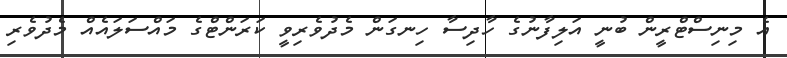
އެ މިނިސްޓްރީން ބުނީ އަލިފާނުގެ ހާދިސާ ހިނގަން މެދުވެރިވީ ކަރަންޓްގެ މައްސަލައެއް މެދުވެރި